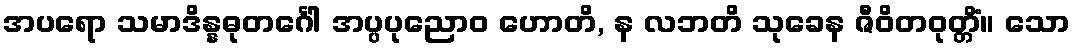
အပရော သမာဒိန္နဓုတင်္ဂေါ အပ္ပပုညောဝ ဟောတိ, န လဘတိ သုခေန ဇီဝိတဝုတ္တိံ။ သော